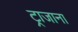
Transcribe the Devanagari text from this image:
ट्राजाना